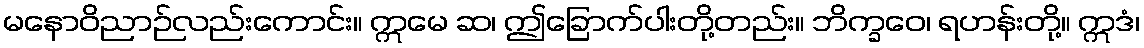
မနောဝိညာဉ်လည်းကောင်း။ ဣမေ ဆ၊ ဤခြောက်ပါးတို့တည်း။ ဘိက္ခဝေ၊ ရဟန်းတို့။ ဣဒံ၊